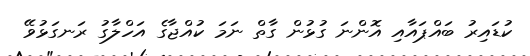
ކުޑައިރު ބައްޕައާއި އޮންނަ ގުޅުން ގާތް ނަމަ ކުއްޖާގެ އަހްލާގު ރަނގަޅުވޭ